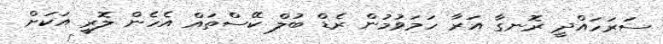
ސަރަހައްދީ ރޮނގާ އަރާ ހަމަވުމުން ރެޑް ބުލް ކޭސްތައް އެހެން ލޮރީ އަކަށް